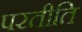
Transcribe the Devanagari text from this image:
परतीति